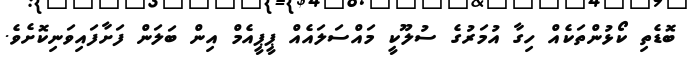
ބޮޑެތި ކޯޅުންތަކެއް ހިގާ އުމަރުގެ ސުލޫކީ މައްސަލައެއް ޕީޕީއެމް އިން ބަލަން ފަށާފައިވަނިކޮށެވެ.